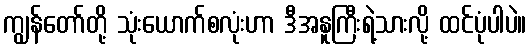
ကျွန်တော်တို့ သုံးယောက်စလုံးဟာ ဒီအနူကြီးရဲ့သားလို့ ထင်ပုံပါပဲ။